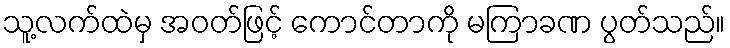
သူ့လက်ထဲမှ အဝတ်ဖြင့် ကောင်တာကို မကြာခဏ ပွတ်သည်။